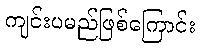
ကျင်းပမည်ဖြစ်ကြောင်း